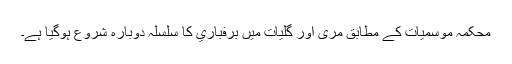
محکمہ موسمیات کے مطابق مری اور گليات ميں برفباري کا سلسلہ دوبارہ شروع ہوگيا ہے۔